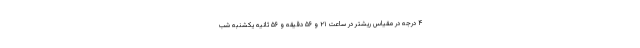
۴ درجه در مقیاس ریشتر در ساعت ۲۱ و ۵۶ دقیقه و ۵۶ ثانیه یکشنبه شب